Vaccination in the Punjab 1867-1880 - 1867-1880
Year: 1867
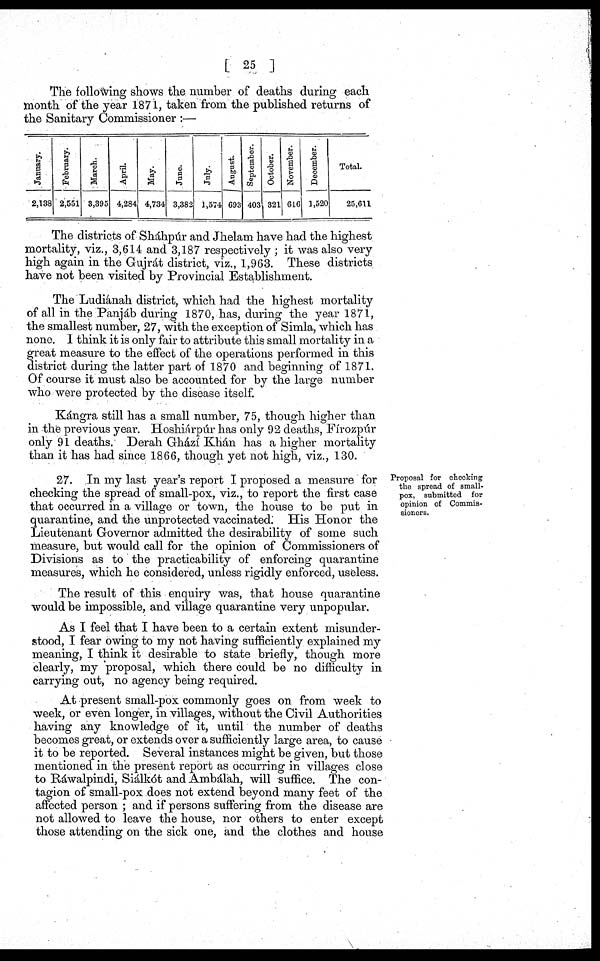
[ 25 ]
The following shows the number of deaths during each
month of the year 1871, taken from the published returns of
the Sanitary Commissioner :—
January.
2,138
February.
2,551
March.
3,395
April.
4,284
May.
4,734
June.
3,382
July.
1,574
August.
693
September.
403
October.
321
November.
616
December.
1,520
Total.
25,611
The districts of Sháhpúr and Jhelam have had the highest
mortality, viz., 3,614 and 3,187 respectively ; it was also very
high again in the Gujrát district, viz., 1,963. These districts
have not been visited by Provincial Establishment.
The Ludiánah district, which had the highest mortality
of all in the Panjáb during 1870, has, during the year 1871,
the smallest number, 27, with the exception of Simla, which has
none. I think it is only fair to attribute this small mortality in a
great measure to the effect of the operations performed in this
district during the latter part of 1870 and beginning of 1871.
Of course it must also be accounted for by the large number
who were protected by the disease itself.
Kángra still has a small number, 75, though higher than
in the previous year. Hoshiárpúr has only 92 deaths, Fírozpúr
only 91 deaths. Derah Ghází Khán has a higher mortality
than it has had since 1866, though yet not high, viz., 130.
Proposal for checking
the spread of small-
pox, submitted for
opinion of Commis-
sioners.
27. In my last year's report I proposed a measure for
checking the spread of small-pox, viz., to report the first case
that occurred in a village or town, the house to be put in
quarantine, and the unprotected vaccinated. His Honor the
Lieutenant Governor admitted the desirability of some such
measure, but would call for the opinion of Commissioners of
Divisions as to the practicability of enforcing quarantine
measures, which he considered, unless rigidly enforced, useless.
The result of this enquiry was, that house quarantine
would be impossible, and village quarantine very unpopular.
As I feel that I have been to a certain extent misunder-
stood, I fear owing to my not having sufficiently explained my
meaning, I think it desirable to state briefly, though more
clearly, my proposal, which there could be no difficulty in
carrying out, no agency being required.
At present small-pox commonly goes on from week to
week, or even longer, in villages, without the Civil Authorities
having any knowledge of it, until the number of deaths
becomes great, or extends over a sufficiently large area, to cause
it to be reported. Several instances might be given, but those
mentioned in the present report as occurring in villages close
to Ráwalpindi, Siálkót and Ambálah, will suffice. The con-
tagion of small-pox does not extend beyond many feet of the
affected person ; and if persons suffering from the disease are
not allowed to leave the house, nor others to enter except
those attending on the sick one, and the clothes and house